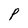
Character: P